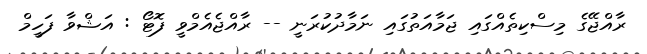
ރާއްޖޭގެ މިސްކިތެއްގައި ޖަމާއަތުގައި ނަމާދުކުރަނީ -- ރާއްޖެއެމްވީ ފޮޓޯ : އަޝްވާ ފަހީމް